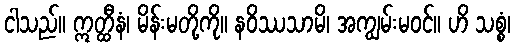
ငါသည်။ ဣတ္ထီနံ၊ မိန်းမတို့ကို။ နဝိဿသာမိ၊ အကျွမ်းမဝင်။ ဟိ သစ္စံ၊